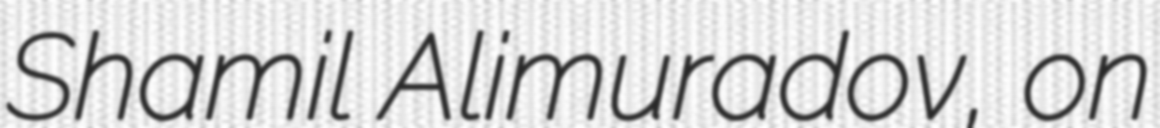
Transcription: Shamil Alimuradov, on